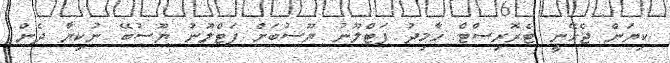
ކިޔަން ޖެހޭނީ ޓެރޮރިސްޓް ހާމިދު ފަޓްލޫނު ޔޫސުބަށް ފަޓްލޫނު ޔޫސުބޭ ނުކިޔާ ދެން